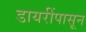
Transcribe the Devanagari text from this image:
डायरींपासून